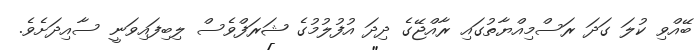
ބޭއްވި ކުލަ ގަދަ ރަސްމިއްޔާތުގައި ރާއްޖޭގެ ދިދަ އުފުލުމުގެ ޝަރަފްވެސް ލިބިފައިވަނީ ސާއިދަށެވެ.